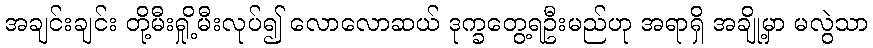
အချင်းချင်း တို့မီးရှို့မီးလုပ်၍ လောလောဆယ် ဒုက္ခတွေ့ရဦးမည်ဟု အရာရှိ အချို့မှာ မလွဲသာ